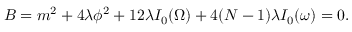
B = m ^ { 2 } + 4 \lambda \phi ^ { 2 } + 1 2 \lambda I _ { 0 } ( \Omega ) + 4 ( N - 1 ) \lambda I _ { 0 } ( \omega ) = 0 .